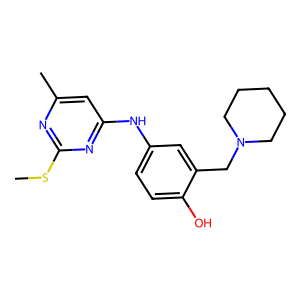
SMILES: CSc1nc(C)cc(Nc2ccc(O)c(CN3CCCCC3)c2)n1
Inhibits HIV replication: No